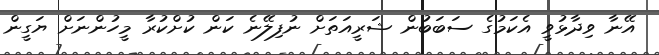
އޭނާ ވިދާޅުވީ އެކަމުގެ ސަބަބުން ޝަރީއަތަށް ނުފިލޭނެ ކަން ކުށްކުރާ މީހުންނަށް ޔަގީން